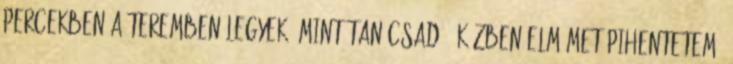
percekben a teremben legyek, mint tanácsadó. Közben elmémet pihentetem.